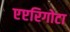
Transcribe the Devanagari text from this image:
एप्टरिगोटा